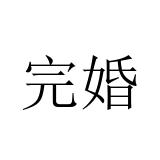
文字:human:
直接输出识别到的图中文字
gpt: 完婚